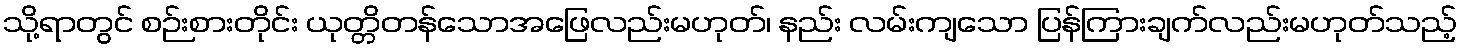
သို့ရာတွင် စဉ်းစားတိုင်း ယုတ္တိတန်သောအဖြေလည်းမဟုတ်၊ နည်း လမ်းကျသော ပြန်ကြားချက်လည်းမဟုတ်သည့်